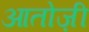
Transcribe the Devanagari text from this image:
आतोज़ी